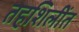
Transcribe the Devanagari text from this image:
तहशिलींत